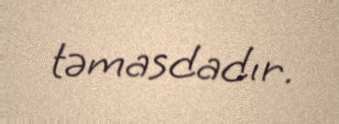
təmasdadır.